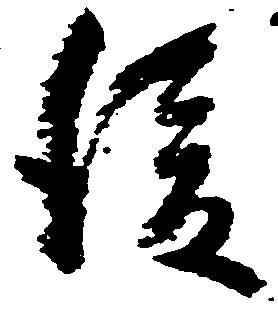
後